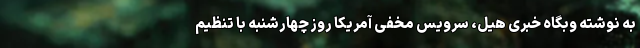
به نوشته وبگاه خبری هیل، سرویس مخفی آمریکا روز چهار‌شنبه با تنظیم